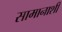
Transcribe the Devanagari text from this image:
सामानाशी